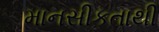
માનસીકતાથી